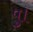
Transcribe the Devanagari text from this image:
पु।